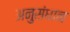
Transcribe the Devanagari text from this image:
अनुसंधान